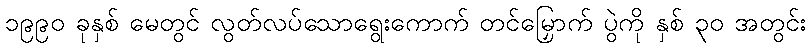
၁၉၉၀ ခုနှစ် မေတွင် လွတ်လပ်သောရွေးကောက် တင်မြှောက် ပွဲကို နှစ် ၃၀ အတွင်း